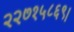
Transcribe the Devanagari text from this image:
२२७१५८६९।